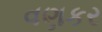
વણકર